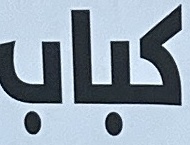
كباب